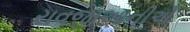
રાવજીઆનીએ